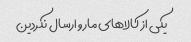
یکی از کالا‌های مارو ارسال نکردین